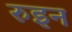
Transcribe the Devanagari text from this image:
रुइन